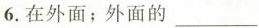
6.在外面；外面的___